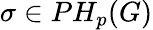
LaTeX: \sigma\in PH_{p}(G)